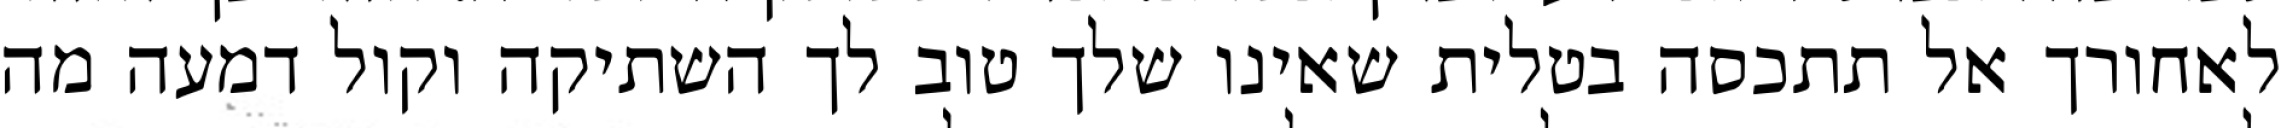
לאחורך אל תתכסה בטלית שאינו שלך טוב לך השתיקה וקול דמעה מה